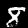
Digit: 8